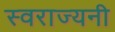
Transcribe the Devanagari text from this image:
स्वराज्यनी